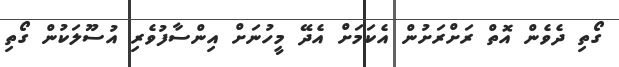
ގޯތި ދެވެން އޮތް ރަށްރަށުން އެކަމަށް އެދޭ މީހުނަށް އިންސާފުވެރި އުސޫލަކުން ގޯތި